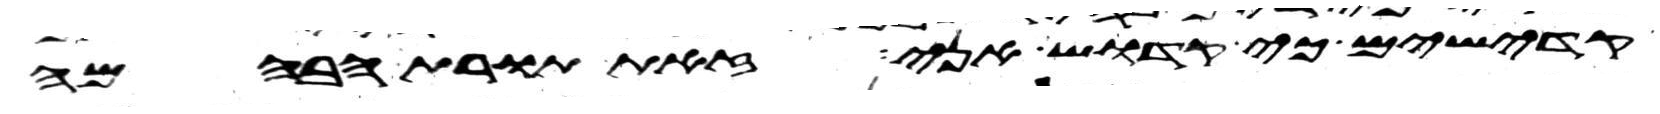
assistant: קדישים כי קדוש אני זאת תורת הבהמה